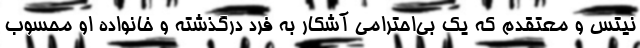
نیتس و معتقدم که یک بی‌احترامی آشکار به فرد درگذشته و خانواده او محسوب